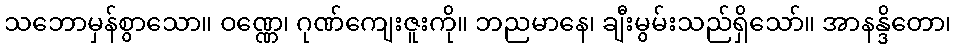
သဘောမှန်စွာသော။ ဝဏ္ဏေ၊ ဂုဏ်ကျေးဇူးကို။ ဘညမာနေ၊ ချီးမွမ်းသည်ရှိသော်။ အာနန္ဒိတော၊